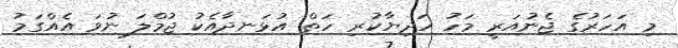
މި އަހަރުގެ ޖެނުއަރީ މަހު ހަދިޔާކުރި ހަތް އުޅަނދާއެކު ޖުމްލަ ނުވަ އެއްގަމު